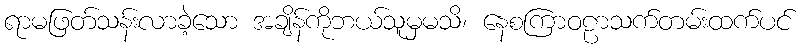
ရာမဖြတ်သန်းလာခဲ့သော အချိန်ကိုဘယ်သူမှမသိ၊ နေစကြာဝဠာသက်တမ်းထက်ပင်